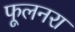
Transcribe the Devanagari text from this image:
फूलनरा